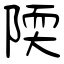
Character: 陾